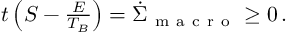
\begin{array} { r } { \d _ { t } \left( S - \frac { E } { T _ { B } } \right) = \dot { \Sigma } _ { \mathrm { ~ m ~ a ~ c ~ r ~ o ~ } } \geq 0 \, . } \end{array}